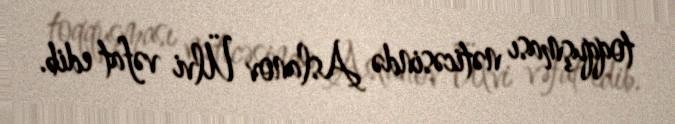
toqquşması nəticəsində Aslanov Ülvi vəfat edib.